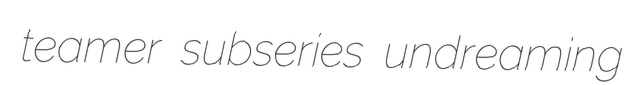
teamer subseries undreaming